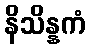
နိသိန္နကံ